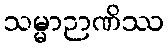
သမ္မာဉာဏိဿ